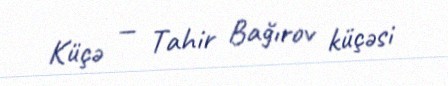
Küçə — Tahir Bağırov küçəsi